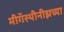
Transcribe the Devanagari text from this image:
मीगॅस्थीनीझच्या